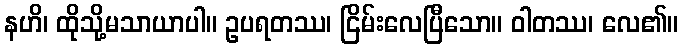
နဟိ၊ ထိုသို့မသာယာပါ။ ဥပရတဿ၊ ငြိမ်းလေပြီသော။ ဝါတဿ၊ လေ၏။